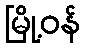
မြို့ဝန်